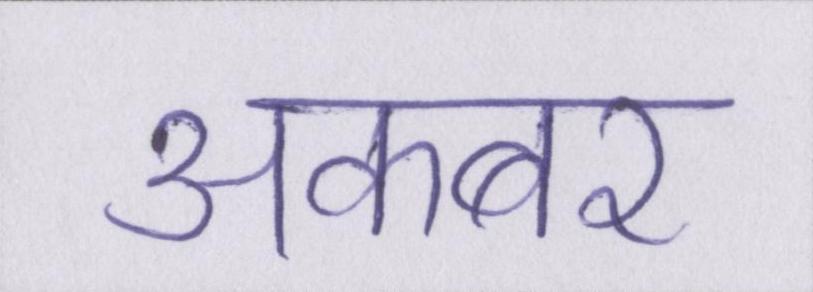
अकबर